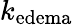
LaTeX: k_{\mathrm{edema}}